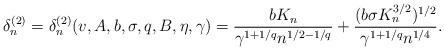
LaTeX: \begin{align*}\delta_{n}^{(2)} = \delta_{n}^{(2)}(v,A,b,\sigma,q,B,\eta,\gamma) = \frac{b K_n}{\gamma^{1 + 1/q}n^{1/2-1/q}} + \frac{(b\sigma K_n^{3/2})^{1/2}}{\gamma^{1 + 1/q}n^{1/4}}. \end{align*}